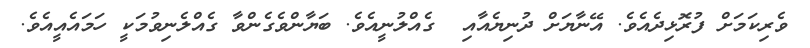
ވެރިކަމަށް ފުރޮޅިދެއެވެ. އޭނާޔަށް ދުނިޔެއާއި  ގެއްލުނީއެވެ. ބަޔާންވެގެންވާ ގެއްލެނިވުމަކީ ހަމައެއީއެވެ.